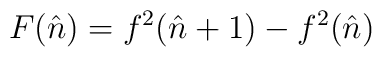
F(\hat{n}) = f^{2}(\hat{n}+1)- f^{2}(\hat{n})